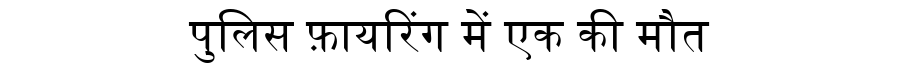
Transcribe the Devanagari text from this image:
पुलिस फ़ायरिंग में एक की मौत